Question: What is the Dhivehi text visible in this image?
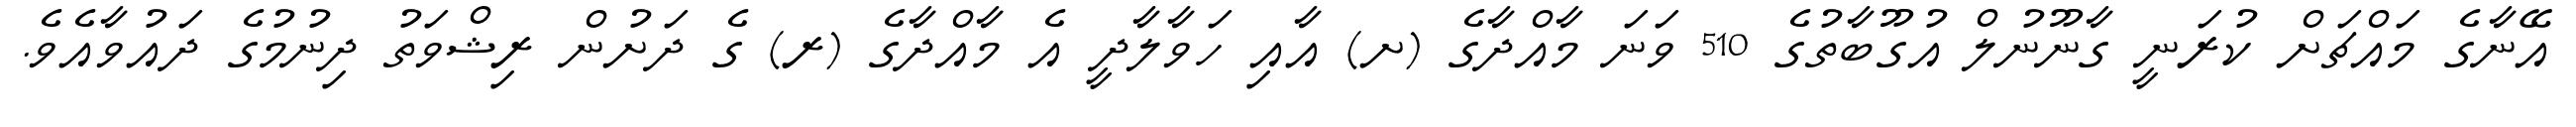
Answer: އޭނާގެ މައްޗަށް ކުރަނީ ގާނޫނުލް އުގޫބާތުގެ 510 ވަނަ މާއްދާގެ (ށ) އާއި ހަވާލާދީ އެ މާއްދާގެ (ރ) ގެ ދަށުން ރިޝްވަތު ދިނުމުގެ ދައުވާއެވެ.